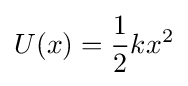
U(x)={\frac {1}{2}}kx^{2}